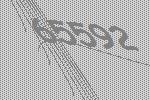
65592